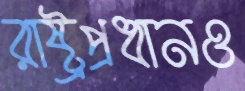
রাষ্ট্রপ্রধানও